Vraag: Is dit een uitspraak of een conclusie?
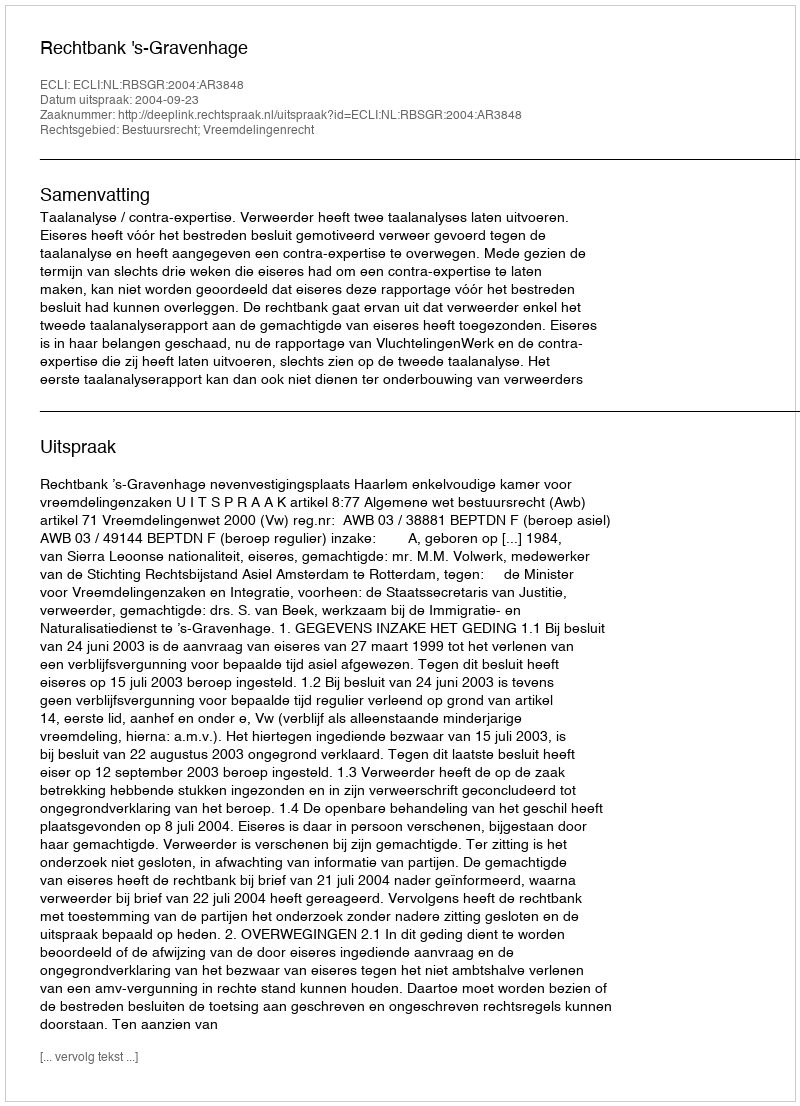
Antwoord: Uitspraak